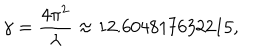
\gamma = { \frac { 4 \pi ^ { 2 } } { \lambda } } \approx 1 2 . 6 0 4 8 1 7 6 3 2 2 1 5 ,